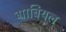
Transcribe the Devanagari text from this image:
ग्राबियल